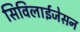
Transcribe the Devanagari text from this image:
सिविलाईजेसन